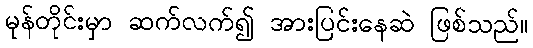
မုန်တိုင်းမှာ ဆက်လက်၍ အားပြင်းနေဆဲ ဖြစ်သည်။